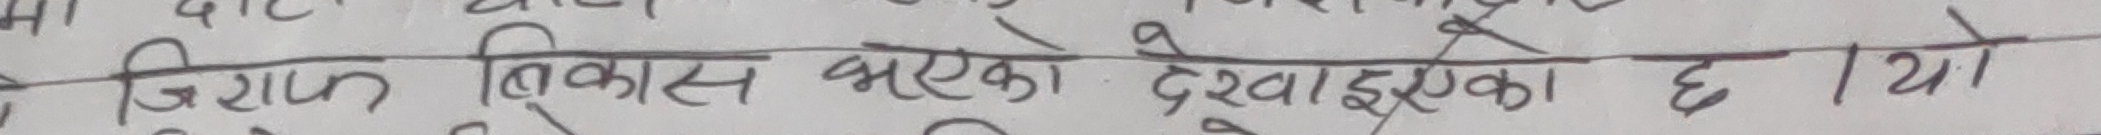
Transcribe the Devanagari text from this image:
जिल्ला विकास भएको देखाएको छ । यो